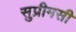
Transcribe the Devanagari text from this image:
सुप्रीमसी